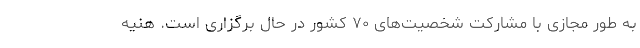
به طور مجازی با مشارکت شخصیت‌های ۷۰ کشور در حال برگزاری است. هنیه